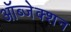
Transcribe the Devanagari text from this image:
ऑब्जेक्शन